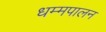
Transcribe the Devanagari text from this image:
धम्मपालन